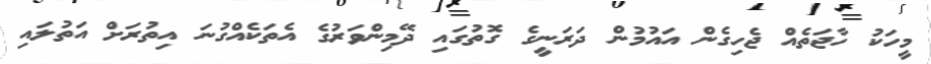
މީހަކު ހާޖަތެއް ޖެހިގެން އައުމުން ދަރަނީގެ ގޮތުގައި ދޭމިންވަރުގެ އެތަކެއްގުނަ އިތުރަށް އަތުލައި